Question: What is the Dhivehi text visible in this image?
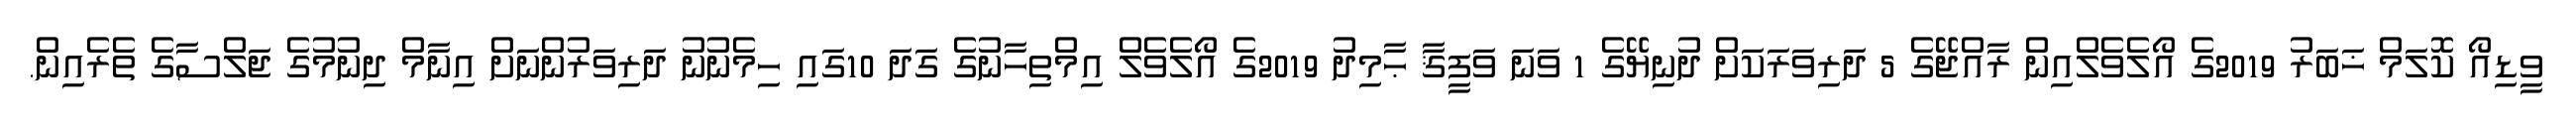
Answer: ވީޑިއޯ ކޮލަމް ޚަބަރު 2019ގެ އޯލެވެލްއިން ރާއްޖޭގެ 5 ދަރިވަރަކަށް ދުނިޔޭގެ 1 ވަނަ ވަފީޤާ ޙާމިދު 2019ގެ އޯލެވެލް އިމްތިހާނުގެ ގަދަ 10ގައި ހިމެނުނު ދަރިވަރުންނަށް އިނާމް ދިނުމުގެ ޖަލްސާގެ ތެރެއިން.